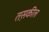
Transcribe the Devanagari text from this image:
तस़कील